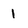
Character: 1